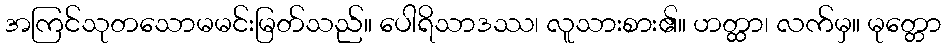
အကြင်သုတသောမမင်းမြတ်သည်။ ပေါရိသာဒဿ၊ လူသားစား၏။ ဟတ္ထာ၊ လက်မှ။ မုတ္တော